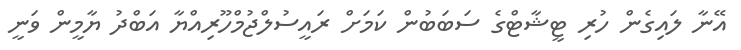
އޭނާ ލައިގެން ހުރި ޓީޝާޓްގެ ސަބަބުން ކަމަށް ރައީސުލްޖުމްހޫރިއްޔާ އަބްދު ޔާމީން ވަނީ